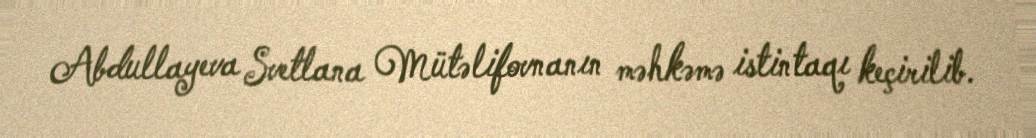
Abdullayeva Svetlana Mütəlifovnanın məhkəmə istintaqı keçirilib.